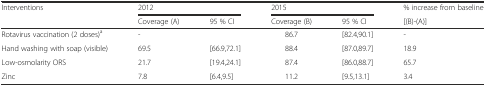
<table><thead><tr><td rowspan="2"><b>Interventions</b></td><td colspan="2"><b>2012</b></td><td colspan="2"><b>2015</b></td><td><b>% increase from baseline</b></td></tr><tr><td><b>Coverage (A)</b></td><td><b>95 % CI</b></td><td><b>Coverage (B)</b></td><td><b>95 % CI</b></td><td><b>[(B)-(A)]</b></td></tr></thead><tbody><tr><td>Rotavirus vaccination (2 doses)<sup>a</sup></td><td>-</td><td></td><td>86.7</td><td>[82.4,90.1]</td><td>-</td></tr><tr><td>Hand washing with soap (visible)</td><td>69.5</td><td>[66.9,72.1]</td><td>88.4</td><td>[87.0,89.7]</td><td>18.9</td></tr><tr><td>Low-osmolarity ORS</td><td>21.7</td><td>[19.4,24.1]</td><td>87.4</td><td>[86.0,88.7]</td><td>65.7</td></tr><tr><td>Zinc</td><td>7.8</td><td>[6.4,9.5]</td><td>11.2</td><td>[9.5,13.1]</td><td>3.4</td></tr></tbody></table>